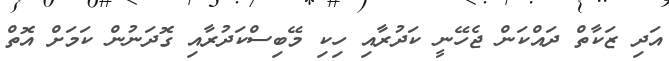
އަދި ޒަކާތް ދައްކަން ޖެހޭނީ ކަދުރާއި ހިކި މޭބިސްކަދުރާއި ގޮދަނުން ކަމަށް އޮތް